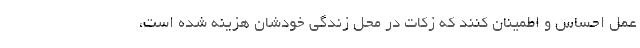
عمل احساس و اطمینان کنند که زکات در محل زندگی خودشان هزینه شده است،